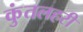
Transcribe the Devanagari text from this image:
कुंतलहरी